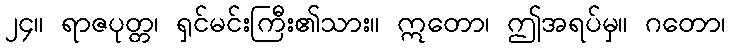
၂၄။ ရာဇပုတ္တ၊ ရှင်မင်းကြီး၏သား။ ဣတော၊ ဤအရပ်မှ။ ဂတော၊